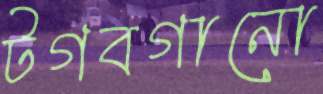
টগবগানো